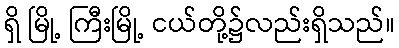
ရှိ မြို့ ကြီးမြို့ ငယ်တို့၌လည်းရှိသည်။